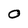
Character: 0